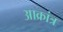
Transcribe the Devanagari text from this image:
आक्रांत्र